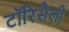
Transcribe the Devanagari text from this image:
टॉरिसैली